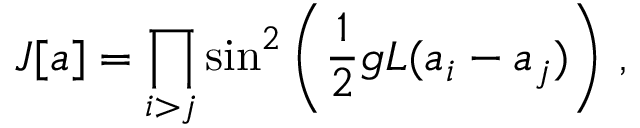
J [ a ] = \prod _ { i > j } \sin ^ { 2 } \left( \frac { 1 } { 2 } g L ( a _ { i } - a _ { j } ) \right) \, ,